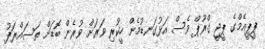
ޕީޕީއެމްގެ ޕީޖީ ގްރޫޕް ވެސް އަޅުގަނޑުމެން ހީކުރި ވަރަށް ވުރެން ބޮޑަށް ތަސައްރަފު